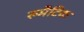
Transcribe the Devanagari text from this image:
रुमैटिक